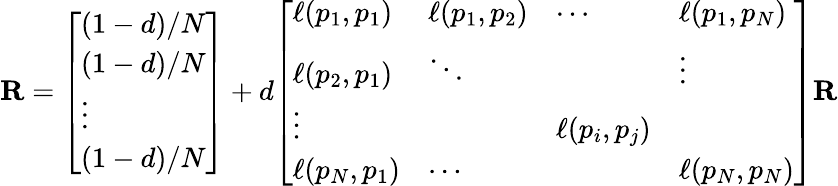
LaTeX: \mathbf{R}={\left[\begin{array}{l}{{(1-d)/N}}\\ {{(1-d)/N}}\\ {\vdots}\\ {{(1-d)/N}}\end{array}\right]}+d{\left[\begin{array}{llll}{\ell(p_{1},p_{1})}&{\ell(p_{1},p_{2})}&{\cdots}&{\ell(p_{1},p_{N})}\\ {\ell(p_{2},p_{1})}&{\ddots}&&{\vdots}\\ {\vdots}&&{\ell(p_{i},p_{j})}&\\ {\ell(p_{N},p_{1})}&{\cdots}&&{\ell(p_{N},p_{N})}\end{array}\right]}\mathbf{R}